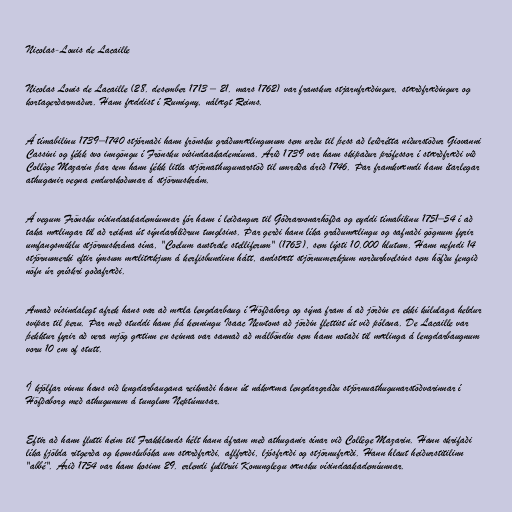
Nicolas-Louis de Lacaille

Nicolas Louis de Lacaille (28. desember 1713 – 21. mars 1762) var franskur stjarnfræðingur, stærðfræðingur og
kortagerðarmaður. Hann fæddist í Rumigny, nálægt Reims.

Á tímabilinu 1739–1740 stjórnaði hann frönsku gráðumælingunum sem urðu til þess að leiðrétta niðurstöður Giovanni
Cassini og fékk svo inngöngu í Frönsku vísindaakademíuna. Árið 1739 var hann skipaður prófessor í stærðfræði við
Collège Mazarin þar sem hann fékk litla stjörnathugunarstöð til umráða árið 1746. Þar framkvæmdi hann ítarlegar
athuganir vegna endurskoðunar á stjörnuskrám.

Á vegum Frönsku vísindaakademíunnar fór hann í leiðangur til Góðrarvonarhöfða og eyddi tímabilinu 1751–54 í að
taka mælingar til að reikna út sýndarhliðrun tunglsins. Þar gerði hann líka gráðumælingu og safnaði gögnum fyrir
umfangsmiklu stjörnuskrána sína, "Coelum australe stelliferum" (1763), sem lýsti 10.000 hlutum. Hann nefndi 14
stjörnumerki eftir ýmsum mælitækjum á kerfisbundinn hátt, andstætt stjörnumerkjum norðurhvelsins sem höfðu fengið
nöfn úr grískri goðafræði.

Annað vísindalegt afrek hans var að mæla lengdarbaug í Höfðaborg og sýna fram á að jörðin er ekki kúlulaga heldur
svipar til peru. Þar með studdi hann þá kenningu Isaac Newtons að jörðin flettist út við pólana. De Lacaille var
þekktur fyrir að vera mjög gætinn en seinna var sannað að málböndin sem hann notaði til mælinga á lengdarbaugnum
voru 10 cm of stutt.

Í kjölfar vinnu hans við lengdarbaugana reiknaði hann út nákvæma lengdargráðu stjörnuathugunarstöðvarinnar í
Höfðaborg með athugunum á tunglum Neptúnusar.

Eftir að hann flutti heim til Frakklands hélt hann áfram með athuganir sínar við Collège Mazarin. Hann skrifaði
líka fjölda ritgerða og kennslubóka um stærðfræði, aflfræði, ljósfræði og stjörnufræði. Hann hlaut heiðurstitilinn
"abbé". Árið 1754 var hann kosinn 29. erlendi fulltrúi Konunglegu sænsku vísindaakademíunnar.